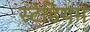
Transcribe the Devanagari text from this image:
स्‍टेडियम